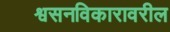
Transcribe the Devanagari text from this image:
श्वसनविकारावरील